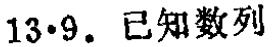
$13\cdot9.$ 已知数列